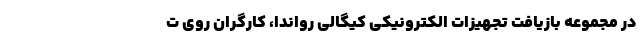
در مجموعه بازیافت تجهیزات الکترونیکی کیگالی رواندا، کارگران روی ت